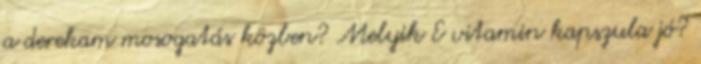
a derekam mosogatás közben? Melyik E vitamin kapszula jó?